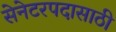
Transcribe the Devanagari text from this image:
सेनेटरपदासाठी